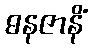
ဓနဇာနိံ